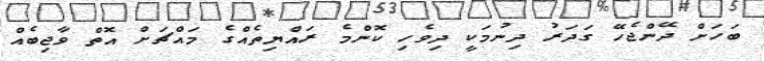
ބަހަށް ދޭންޖެހޭ ގަދަރު ދިނުމަކީ ދިވެހި ކޮންމެ ރައްޔިތެއްގެ މައްޗަށް އޮތް ވާޖިބެއް